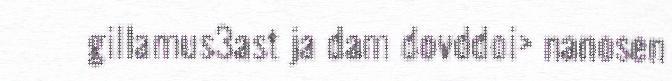
gillamus3ast ja dam dovddoi> nanosen